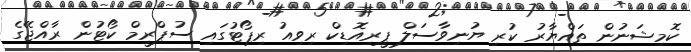
ކޮމިޝަނުން ތައްޔާރު ކުރި ޔުނިވާސަލް ޕީރިއޮޑިކް ރިވިއު ރިޕޯޓުގައި ސުޕްރީމް ކޯޓުން ރާއްޖޭގެ